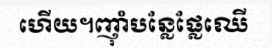
ហើយ។ញ៉ាំបន្លែផ្លែឈើ